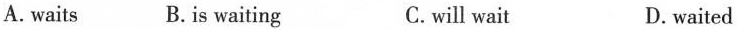
A. waits B.is waiting C.will wait D.waited